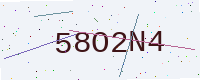
Text: 58O2N4